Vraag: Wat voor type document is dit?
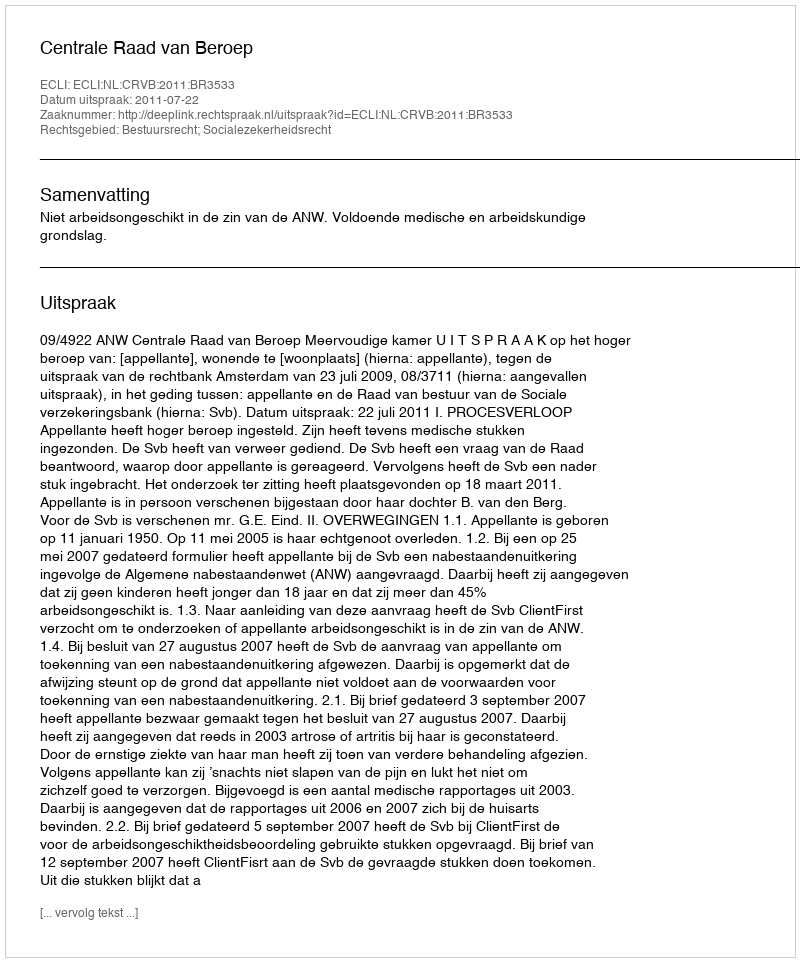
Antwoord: Uitspraak